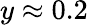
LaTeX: y\approx 0.2